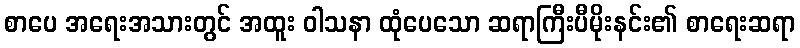
စာပေ အရေးအသားတွင် အထူး ဝါသနာ ထုံပေသော ဆရာကြီးပီမိုးနင်း၏ စာရေးဆရာ